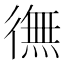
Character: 㣳